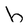
Character: h